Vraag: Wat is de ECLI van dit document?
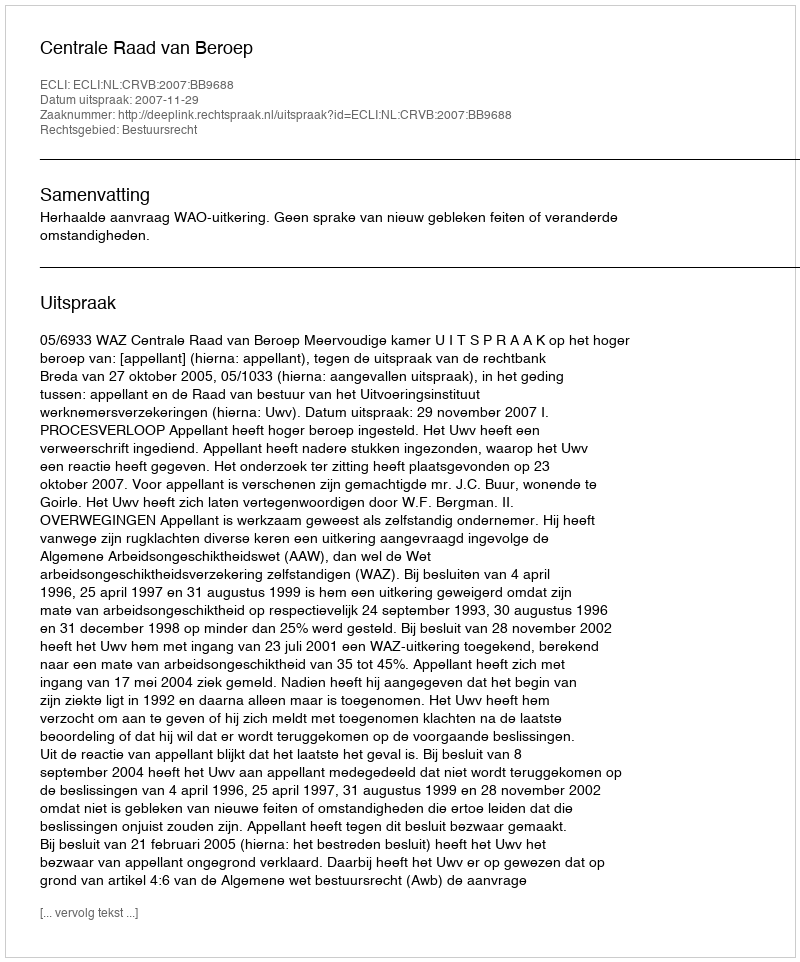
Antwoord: ECLI:NL:CRVB:2007:BB9688